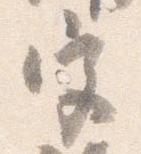
宮